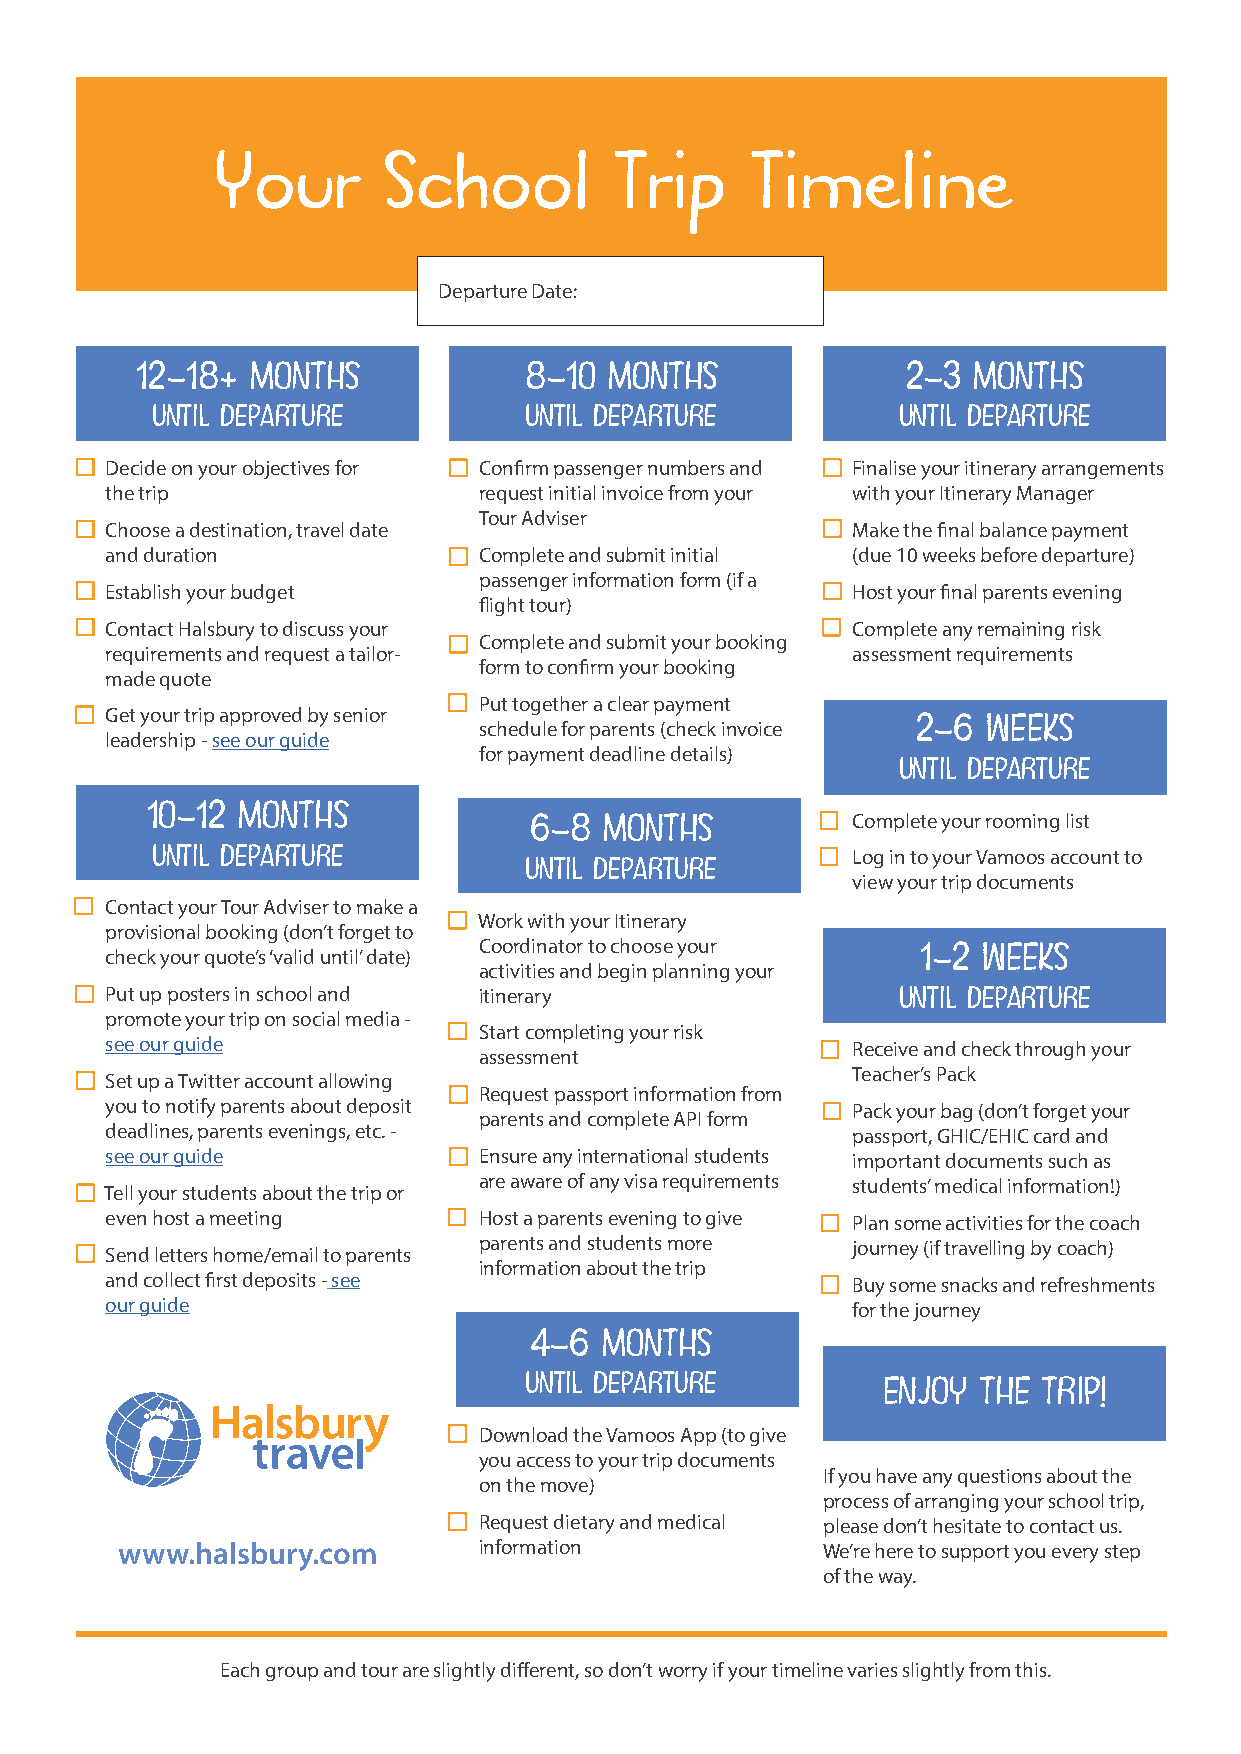
Your       School          Trip     Timeline
 Departure Date:
 12–18+  MONTHS            8–10 MONTHS              2–3 MONTHS
 UNTIL DEPARTURE          UNTIL DEPARTURE         UNTIL DEPARTURE
 Decide on your objectives for Confirm passenger numbers and Finalise your itinerary arrangements
 the trip                 request initial invoice from your with your Itinerary Manager
 Tour Adviser
 Choose a destination, travel date                Make the final balance payment
 and duration             Complete and submit initial (due 10 weeks before departure)
 passenger information form (if a
 Establish your budget                            Host your final parents evening
 flight tour)
 Contact Halsbury to discuss your                 Complete any remaining risk
 Complete and submit your booking
 requirements and request a tailor-               assessment requirements
 form to confirm your booking
 made quote
 Put together a clear payment
 Get your trip approved by senior
 schedule for parents (check invoice 2–6 WEEKS
 leadership - see our guide
 for payment deadline details)
 UNTIL DEPARTURE
 10–12 MONTHS
 6–8  MONTHS          Complete your rooming list
 UNTIL DEPARTURE                               Log in to your Vamoos account to
 UNTIL DEPARTURE
 view your trip documents
 Contact your Tour Adviser to make a
 Work with your Itinerary
 provisional booking (don’t forget to
 Coordinator to choose your
 check your quote’s ‘valid until’ date)                1–2 WEEKS
 activities and begin planning your
 Put up posters in school and itinerary              UNTIL DEPARTURE
 promote your trip on social media -
 Start completing your risk
 see our guide                                    Receive and check through your
 assessment
 Teacher’s Pack
 Set up a Twitter account allowing
 Request passport information from
 you to notify parents about deposit              Pack your bag (don’t forget your
 parents and complete API form
 deadlines, parents evenings, etc. -              passport, GHIC/EHIC card and
 see our guide            Ensure any international students important documents such as
 are aware of any visa requirements students’ medical information!)
 Tell your students about the trip or
 even host a meeting      Host a parents evening to give Plan some activities for the coach
 parents and students more journey (if travelling by coach)
 Send letters home/email to parents
 information about the trip
 and collect first deposits - see                 Buy some snacks and refreshments
 our guide                                        for the journey
 4–6  MONTHS
 UNTIL DEPARTURE        ENJOY  THE TRIP!
 Download the Vamoos App (to give
 you access to your trip documents
 If you have any questions about the
 on the move)
 process of arranging your school trip,
 Request dietary and medical please don’t hesitate to contact us.
 www.halsbury.com        information           We’re here to support you every step
 of the way.
 Each group and tour are slightly different, so don’t worry if your timeline varies slightly from this.